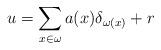
LaTeX: \begin{align*}u= \sum_{x\in \omega} a(x)\delta_{\omega(x)}+ r\end{align*}